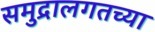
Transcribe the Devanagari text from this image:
समुद्रालगतच्या